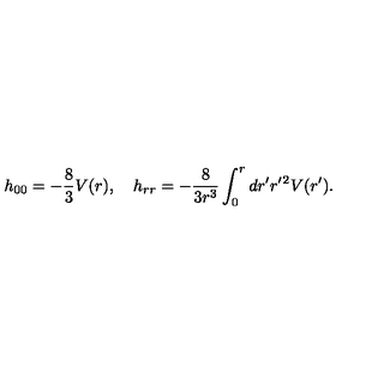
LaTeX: h _ { 0 0 } = - { \frac { 8 } { 3 } } V ( r ) , \quad h _ { r r } = - { \frac { 8 } { 3 r ^ { 3 } } } \int _ { 0 } ^ { r } d r ^ { \prime } r ^ { \prime } { } ^ { 2 } V ( r ^ { \prime } ) .